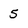
Character: 5